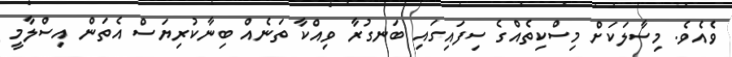
ވެއެވެ. މިސާލަކަށް މިސްކިތެއްގެ ސިފައިގައި ބަނގުރާ ވިއްކާ ތަނެއް ބިނާކުރިޔަސް އެތަން އިސްލާމީ